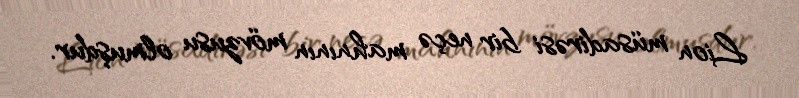
Lion müsadirəsi bir neçə mahnının mövzusu olmuşdur.